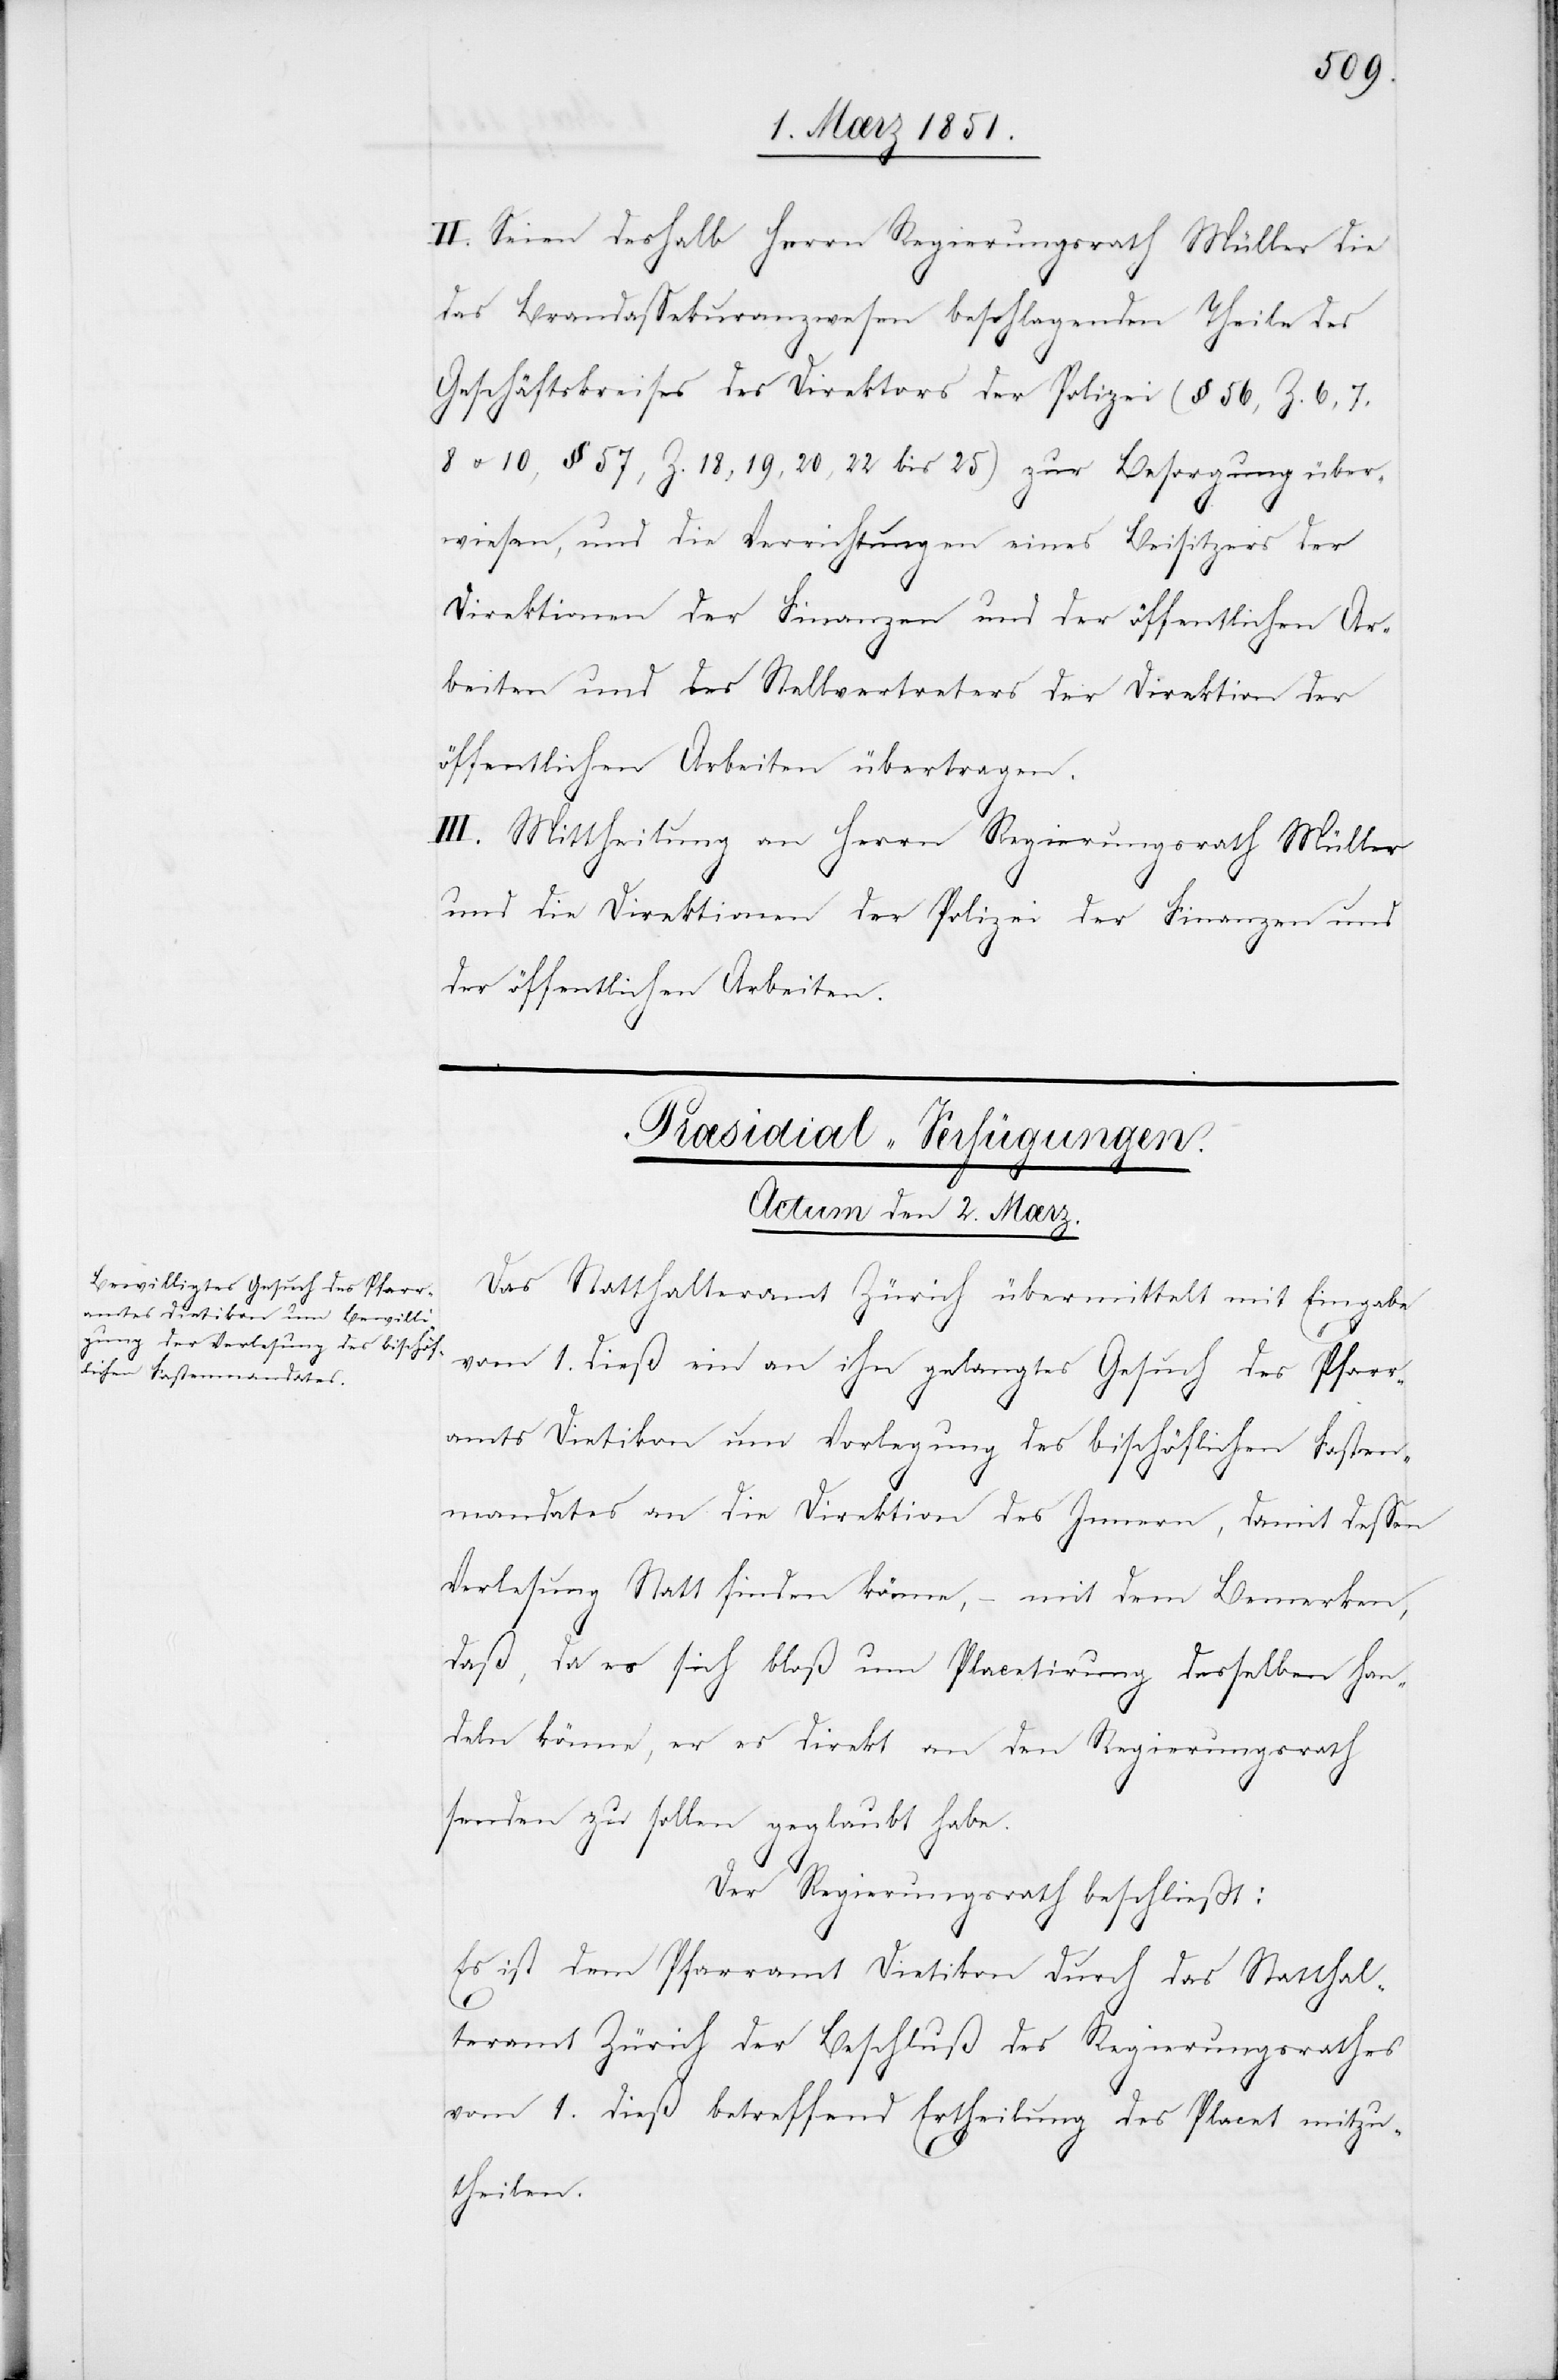
II. Seien deshalb Herrn Regierungsrath Müller die
das Brandassekuranzwesen beschlagenden Theile des
Geschäftskreises des Direktors der Polizei (§ 56, Z. 6, 7,
8 u. 10, § 57, Z. 18, 19, 20, 22 bis 25) zur Besorgung über¬
wiesen, und die Verrichtungen eines Beisitzers der
Direktionen der Finanzen und der öffentlichen Ar¬
beiten und des Stellvertreters der Direktion der
öffentlichen Arbeiten übertragen.
III. Mittheilung an Herrn Regierungsrath Müller
und die Direktionen der Polizei der Finanzen und
der öffentlichen Arbeiten.
Præsidial-Verfügungen.
Actum den 2. Mærz.
Das Statthalteramt Zürich übermittelt mit Eingabe
vom 1. dieß ein an ihn gelangtes Gesuch des Pfarr¬
amts Dietikon um Vorlegung des bischöflichen Fasten¬
mandates an die Direktion des Innern, damit dessen
Verlesung Statt finden könne, – mit dem Bemerken,
daß, da es sich bloß um Placetirung desselben han¬
deln könne, er es direkt an den Regierungsrath
senden zu sollen geglaubt habe.
Der Regierungsrath beschließt:
Es ist dem Pfarramt Dietikon durch das Statthal¬
teramt Zürich der Beschluß des Regierungsrathes
vom 1. dieß betreffend Ertheilung des Placet mitzu¬
theilen.